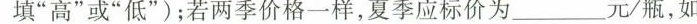
填”高”或”低”)；若两季价格一样，夏季应标价为___元/瓶，如